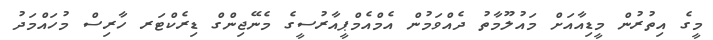
މީގެ އިތުރުން މީޑިއާއަށް މައުލޫމާތު ދެއްވަމުން އެމްއެމްޕީއާރުސީގެ މެނޭޖިންގް ޑިރެކްޓަރ ހާރިސް މުހައްމަދު